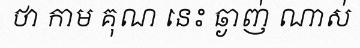
ថា កាម គុណ នេះ ឆ្ងាញ់ ណាស់